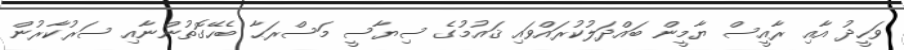
ވަހީދު އާއި ރާއީސް ޔާމީން ބައްދަލުކުރައްވައި ޤައުމުގެ ސިޔާސީ މަސްރަޙާ ބެހޭގޮތުންނާއި ސަރުކާރުން